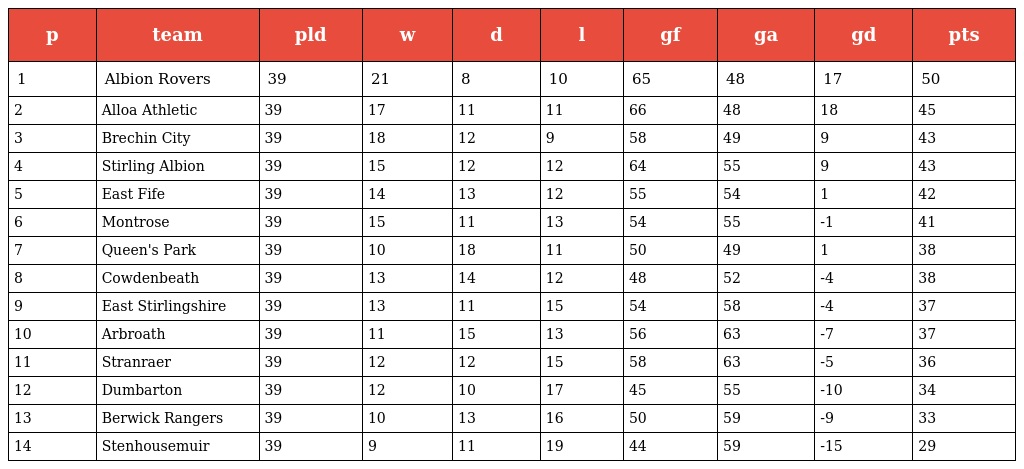
| p | team | pld | w | d | l | gf | ga | gd | pts |
 | --- | --- | --- | --- | --- | --- | --- | --- | --- | --- |
 | 1 | Albion Rovers | 39 | 21 | 8 | 10 | 65 | 48 | 17 | 50 |
 | 2 | Alloa Athletic | 39 | 17 | 11 | 11 | 66 | 48 | 18 | 45 |
 | 3 | Brechin City | 39 | 18 | 12 | 9 | 58 | 49 | 9 | 43 |
 | 4 | Stirling Albion | 39 | 15 | 12 | 12 | 64 | 55 | 9 | 43 |
 | 5 | East Fife | 39 | 14 | 13 | 12 | 55 | 54 | 1 | 42 |
 | 6 | Montrose | 39 | 15 | 11 | 13 | 54 | 55 | -1 | 41 |
 | 7 | Queen's Park | 39 | 10 | 18 | 11 | 50 | 49 | 1 | 38 |
 | 8 | Cowdenbeath | 39 | 13 | 14 | 12 | 48 | 52 | -4 | 38 |
 | 9 | East Stirlingshire | 39 | 13 | 11 | 15 | 54 | 58 | -4 | 37 |
 | 10 | Arbroath | 39 | 11 | 15 | 13 | 56 | 63 | -7 | 37 |
 | 11 | Stranraer | 39 | 12 | 12 | 15 | 58 | 63 | -5 | 36 |
 | 12 | Dumbarton | 39 | 12 | 10 | 17 | 45 | 55 | -10 | 34 |
 | 13 | Berwick Rangers | 39 | 10 | 13 | 16 | 50 | 59 | -9 | 33 |
 | 14 | Stenhousemuir | 39 | 9 | 11 | 19 | 44 | 59 | -15 | 29 |